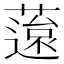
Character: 䕂